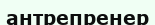
антрепренер